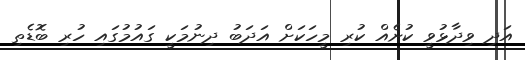
އަދި ވިދާޅުވީ ކުށެއް ކުރި މީހަކަށް އަދަބު ދިނުމަކީ ގައުމުގައި ހުރި ބޮޑެތި